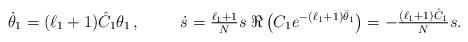
LaTeX: \begin{align*}\dot{\theta}_1&=(\ell_1+1)\Hat{C}_1\theta_1\,,&\dot{s}&=\tfrac{\ell_1+1}{N}s\;\Re\,\bigl(C_1 e^{-(\ell_1+1)\Bar{\theta}_1}\bigr)=-\tfrac{(\ell_1+1)\Hat{C}_1}{N}s.\end{align*}